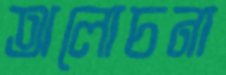
অলোচনা